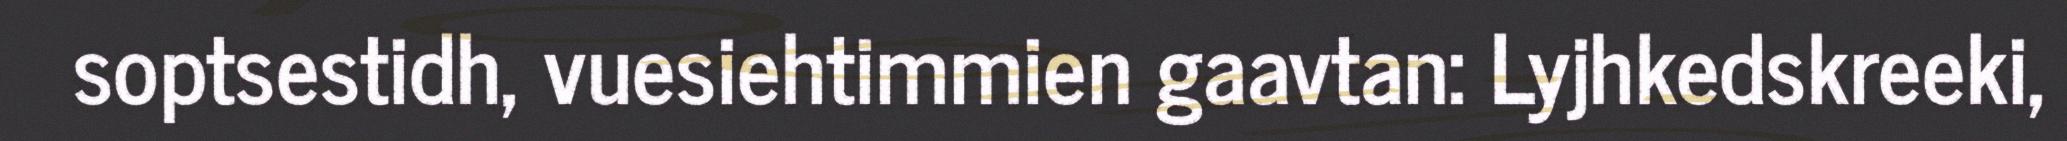
soptsestidh, vuesiehtimmien gaavtan: Lyjhkedskreeki,